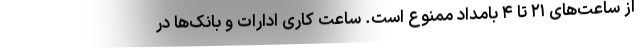
از ساعت‌های ۲۱ تا ۴ بامداد ممنوع است. ساعت کاری ادارات و بانک‌ها در